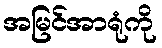
အမြင်အာရုံကို